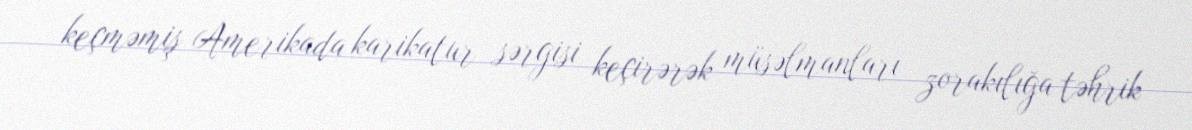
keçməmiş Amerikada karikatur sərgisi keçirərək müsəlmanları zorakılığa təhrik